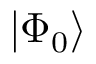
\left| { \Phi _ { 0 } } \right\rangle